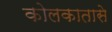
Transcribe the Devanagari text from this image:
कोलकातासे